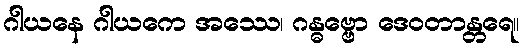
ဂါယနေ ဂါယကေ အဿေ၊ ဂန္ဓဗ္ဗော ဒေဝတာန္တရေ။